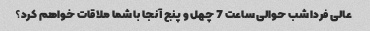
عالی فردا شب حوالی ساعت 7 چهل و پنج آنجا با شما ملاقات خواهم کرد؟